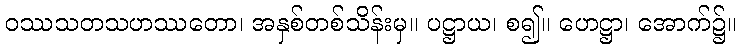
ဝဿသတသဟဿတော၊ အနှစ်တစ်သိန်းမှ။ ပဋ္ဌာယ၊ စ၍။ ဟေဋ္ဌာ၊ အောက်၌။